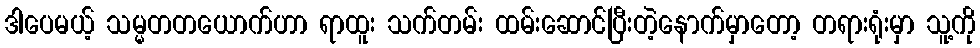
ဒါပေမယ့် သမ္မတတယောက်ဟာ ရာထူး သက်တမ်း ထမ်းဆောင်ပြီးတဲ့နောက်မှာတော့ တရားရုံးမှာ သူ့ကို